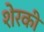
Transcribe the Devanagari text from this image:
शेरकी